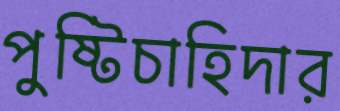
পুষ্টিচাহিদার